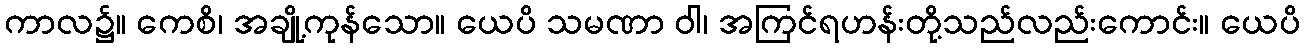
ကာလ၌။ ကေစိ၊ အချို့ကုန်သော။ ယေပိ သမဏာ ဝါ၊ အကြင်ရဟန်းတို့သည်လည်းကောင်း။ ယေပိ